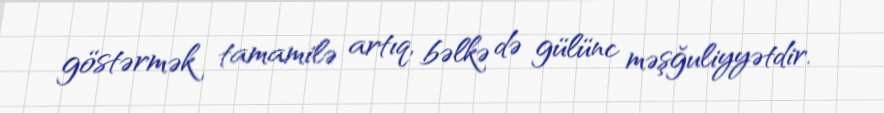
göstərmək tamamilə artıq, bəlkə də gülünc məşğuliyyətdir.